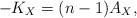
LaTeX: \begin{align*}- K_X = (n-1)A_X, \end{align*}